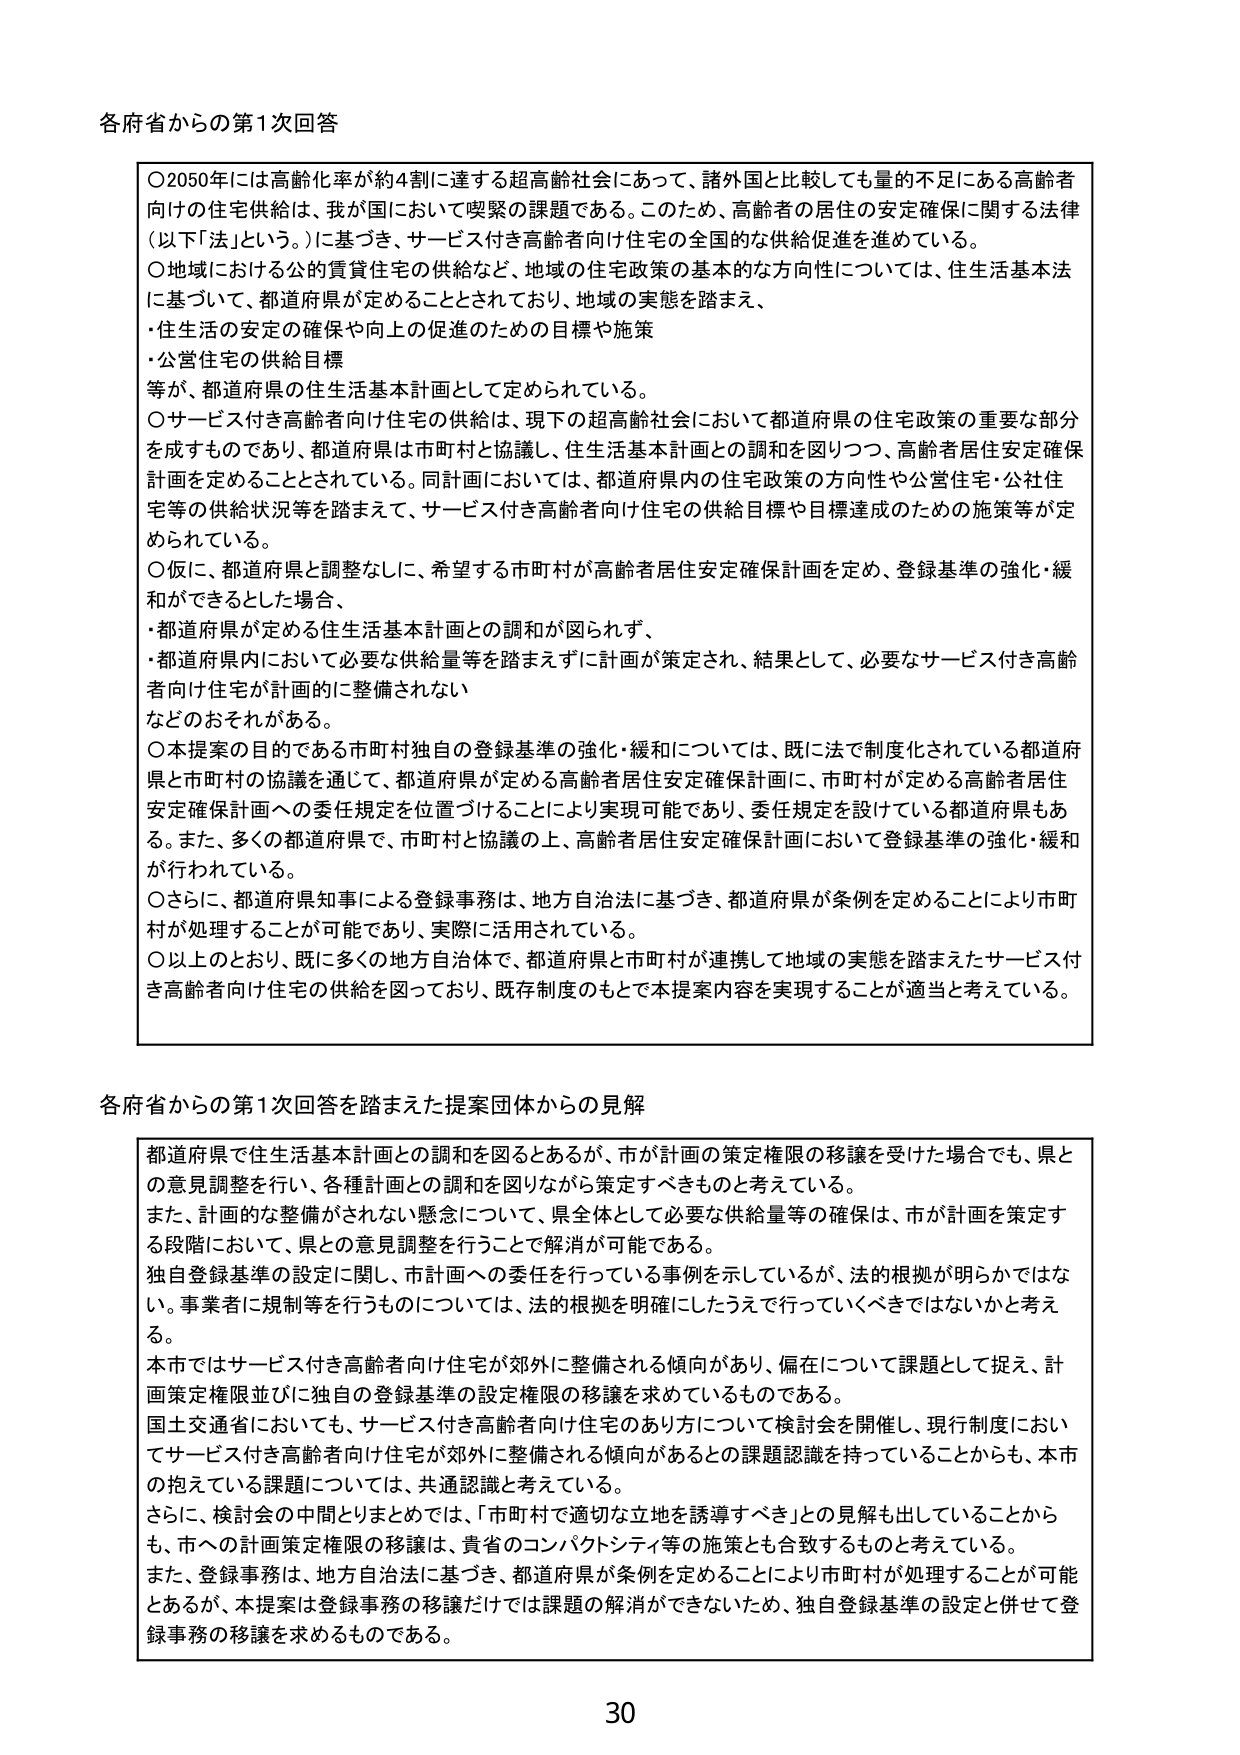
各府省からの第1次回答

〇2050年には高齢化率が約4割に達する超高齢社会にあって、諸外国と比較しても量的不足にある高齢者向けの住宅供給は、我が国において喫緊の課題である。このため、高齢者の居住の安定確保に関する法律（以下「法」という。）に基づき、サービス付き高齢者向け住宅の全国的な供給促進を進めている。
〇地域における公的賃貸住宅の供給など、地域の住宅政策の基本的な方向性については、住生活基本法に基づいて、都道府県が定めることとされており、地域の実態を踏まえ、
・住生活の安定の確保や向上の促進のための目標や施策
・公営住宅の供給目標
等が、都道府県の住生活基本計画として定められている。
〇サービス付き高齢者向け住宅の供給は、現下の超高齢社会において都道府県の住宅政策の重要な部分を成すものであり、都道府県は市町村と協議し、住生活基本計画との調和を図りつつ、高齢者居住安定確保計画を定めることとされている。同計画においては、都道府県内の住宅政策の方向性や公営住宅・公社住宅等の供給状況等を踏まえて、サービス付き高齢者向け住宅の供給目標や目標達成のための施策等が定められている。
〇仮に、都道府県と調整なしに、希望する市町村が高齢者居住安定確保計画を定め、登録基準の強化・緩和ができるとした場合、
・都道府県が定める住生活基本計画との調和が図られず、
・都道府県内において必要な供給量等を踏まえずに計画が策定され、結果として、必要なサービス付き高齢者向け住宅が計画的に整備されない
などのおそれがある。
〇本提案の目的である市町村独自の登録基準の強化・緩和については、既に法で制度化されている都道府県と市町村の協議を通じて、都道府県が定める高齢者居住安定確保計画に、市町村が定める高齢者居住安定確保計画への委任規定を位置づけることにより実現可能であり、委任規定を設けている都道府県もある。また、多くの都道府県で、市町村と協議の上、高齢者居住安定確保計画において登録基準の強化・緩和が行われている。
〇さらに、都道府県知事による登録事務は、地方自治法に基づき、都道府県が条例を定めることにより市町村が処理することが可能であり、実際に活用されている。
〇以上のおとり、既に多くの地方自治体で、都道府県と市町村が連携して地域の実態を踏まえたサービス付き高齢者向け住宅の供給を図っており、既存制度のもとで本提案内容を実現することが適当と考えている。

各府省からの第1次回答を踏まえた提案団体からの見解

都道府県で住生活基本計画との調和を図るとあるが、市が計画の策定権限の移譲を受けた場合でも、県との意見調整を行い、各種計画との調和を図りながら策定すべきものと考えている。
また、計画的な整備がされない懸念について、県全体として必要な供給量等の確保は、市が計画を策定する段階において、県との意見調整を行うことで解消が可能である。
独自登録基準の設定に関し、市計画への委任を行っている事例を示しているが、法的根拠が明らかではない。事業者に規制等を行うものについては、法的根拠を明確にしたうえで行っていくべきではないかと考える。
本市ではサービス付き高齢者向け住宅が郊外に整備される傾向があり、偏在について課題として捉え、計画策定権限並びに独自の登録基準の設定権限の移譲を求めているものである。
国土交通省においても、サービス付き高齢者向け住宅のあり方について検討会を開催し、現行制度においてサービス付き高齢者向け住宅が郊外に整備される傾向があるとの課題認識を持っていることからも、本市の抱えている課題については、共通認識と考えている。
さらに、検討会の中間とりまとめでは、「市町村で適切な立地を誘導すべき」との見解も出していることからも、市への計画策定権限の移譲は、貴省のコンパクトシティ等の施策とも合致するものと考えている。
また、登録事務は、地方自治法に基づき、都道府県が条例を定めることにより市町村が処理することが可能とあるが、本提案は登録事務の移譲だけでは課題の解消ができないため、独自登録基準の設定と併せて登録事務の移譲を求めるものである。

30